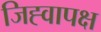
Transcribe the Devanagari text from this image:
जिह्वापक्ष